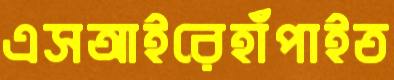
এসআইরেহাঁপাইত